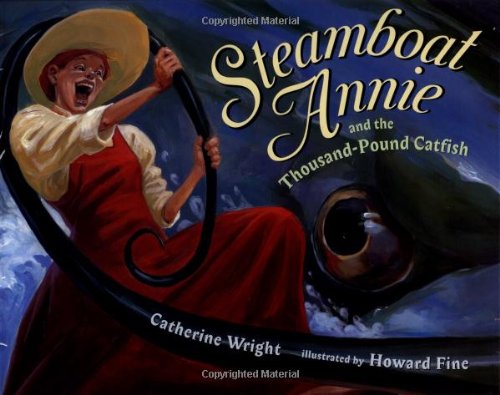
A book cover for Steamboat Annie & the Thousand Pound Catfish; Catherine Wright; Children's Books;